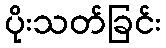
ပိုးသတ်ခြင်း